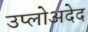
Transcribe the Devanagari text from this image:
उप्लोअदेद